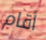
أقام